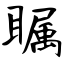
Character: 瞩